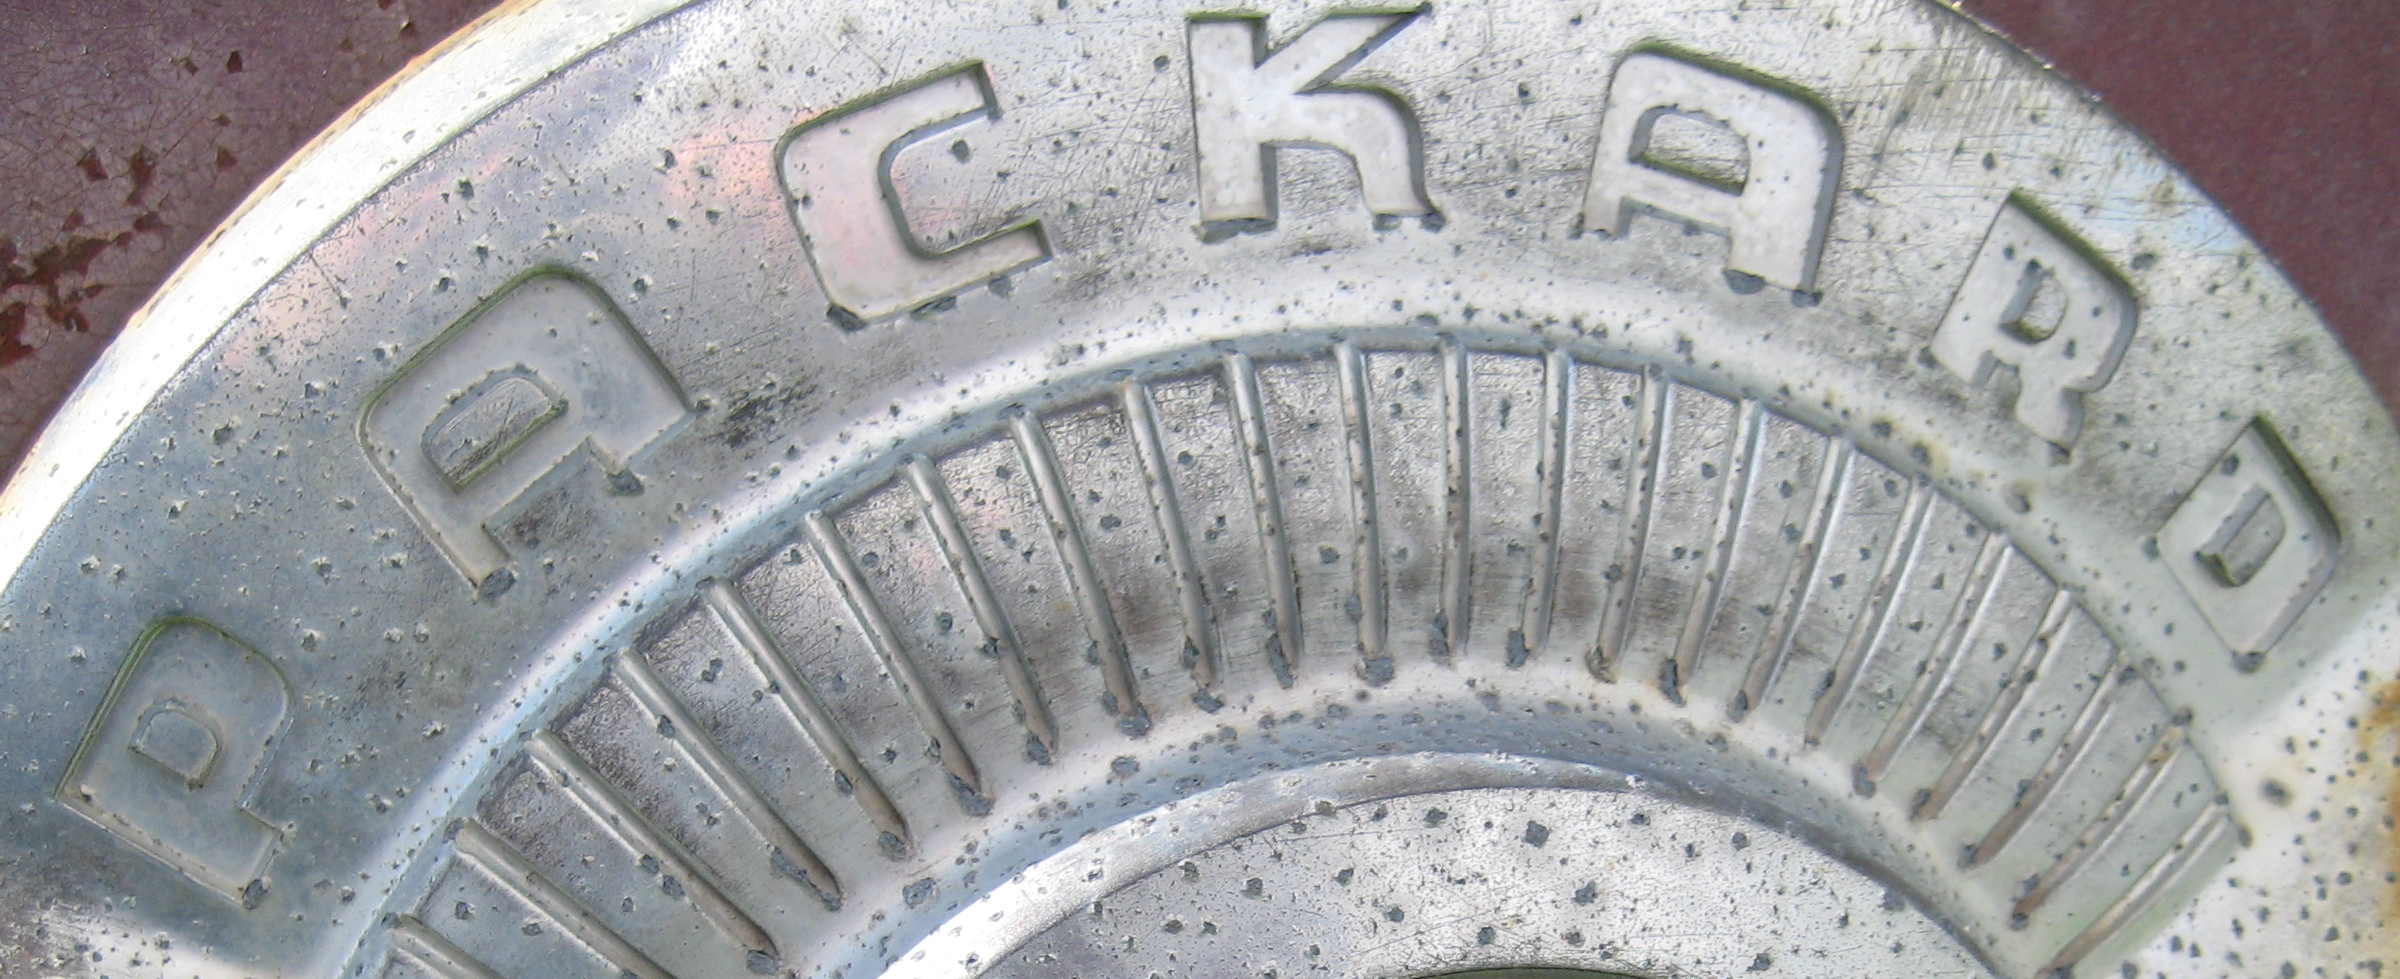
PACKARD